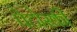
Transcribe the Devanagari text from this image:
पेटोस्की